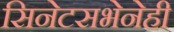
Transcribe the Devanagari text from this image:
सिनेटसभेनेही